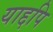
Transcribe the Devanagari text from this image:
याद्दपि